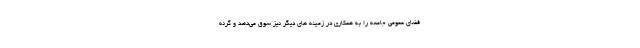
فضای عمومی جامعه را به همکاری در زمینه های دیگر نیز سوق می‌دهد و گرنه